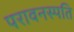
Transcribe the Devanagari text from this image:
परावनस्पति